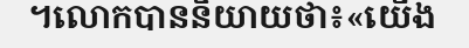
។លោកបាននិយាយថា៖«យើង